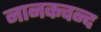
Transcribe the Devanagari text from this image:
नानकचन्द